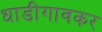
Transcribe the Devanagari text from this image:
धाडीगावकर